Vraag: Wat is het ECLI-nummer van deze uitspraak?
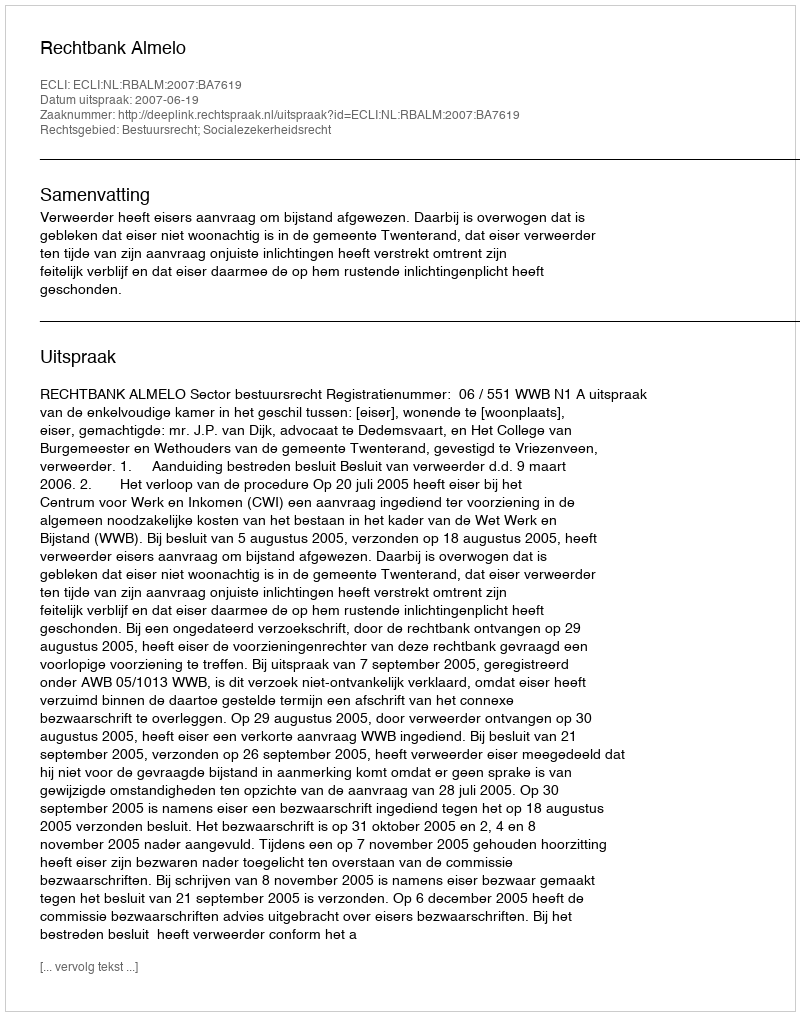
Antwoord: ECLI:NL:RBALM:2007:BA7619